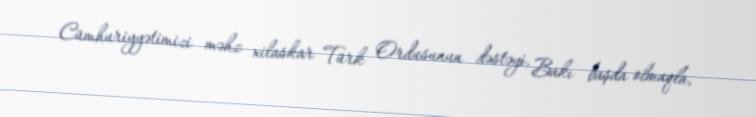
Cümhuriyyətimizi məhz xilaskar Türk Ordusunun dəstəyi, Bakı başda olmaqla,